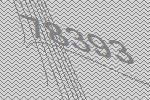
78393